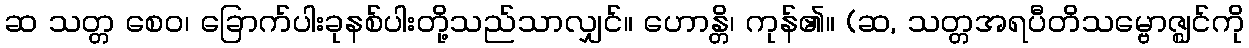
ဆ သတ္တ စေဝ၊ ခြောက်ပါးခုနစ်ပါးတို့သည်သာလျှင်။ ဟောန္တိ၊ ကုန်၏။ (ဆ, သတ္တအရပီတိသမ္ဗောဇ္ဈင်ကို